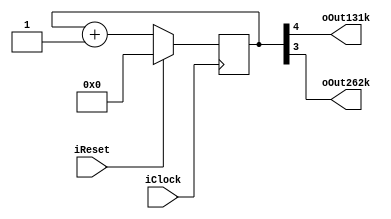
module osc2
	(
		input wire iClock,
		input wire iReset,
		output wire oOut131k,
		output wire oOut262k
	);
	reg [4:0] 	rOscCounter; 
	always @ (posedge iClock) begin
		if (iReset) begin
			rOscCounter <= 0;
		end
		else begin
			rOscCounter <= rOscCounter+1;
		end
	end
	assign oOut131k = rOscCounter[4];
	assign oOut262k = rOscCounter[3];
endmodule